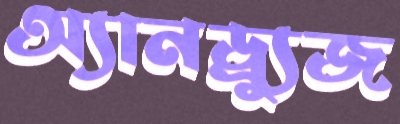
অ্যানড্র্যুজ